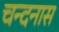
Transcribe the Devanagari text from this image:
चन्दनास